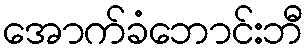
အောက်ခံဘောင်းဘီ